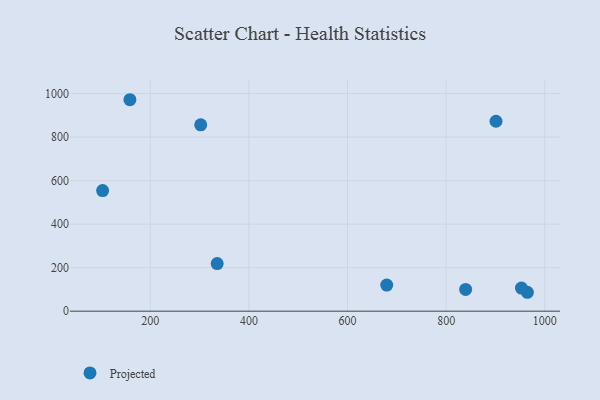
{"axis": {"x": "Price", "y": "Yield"}, "legend": ["Projected"], "data": [{"x": "901.1", "y": 872.9, "type": "Projected"}, {"x": "302.3", "y": 856.6, "type": "Projected"}, {"x": "335.7", "y": 218.8, "type": "Projected"}, {"x": "839.5", "y": 99.9, "type": "Projected"}, {"x": "158.7", "y": 971.8, "type": "Projected"}, {"x": "964.7", "y": 86.9, "type": "Projected"}, {"x": "679.5", "y": 120.1, "type": "Projected"}, {"x": "952.7", "y": 106.3, "type": "Projected"}, {"x": "103.4", "y": 554.2, "type": "Projected"}]}